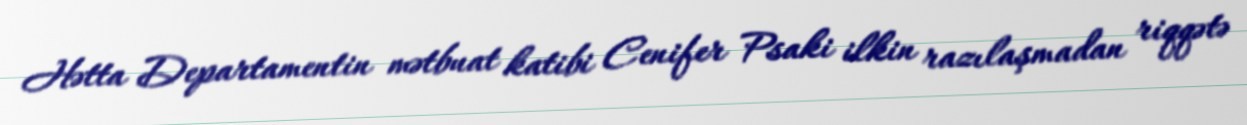
Hətta Departamentin mətbuat katibi Cenifer Psaki ilkin razılaşmadan riqqətə